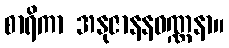
စာရိကာ အနုဇာနနဝဏ္ဏနာ။